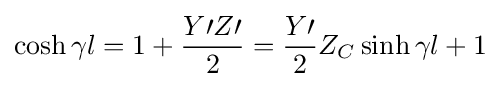
\cosh \gamma l=1+{\frac {Y\prime Z\prime }{2}}={\frac {Y\prime }{2}}Z_{C}\sinh \gamma l+1